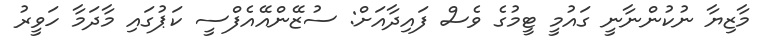
މާޒިޔާ ނުކުންނާނީ ގައުމީ ޓީމުގެ ވެސް ފައިދާއަށް: ސުޒޭންއޭއެފްސީ ކަޕުގައި މާދަމާ ހަވީރު